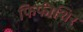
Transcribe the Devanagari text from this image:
फिफीशिर